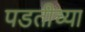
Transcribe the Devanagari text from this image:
पडतीच्या